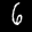
Label: 6